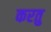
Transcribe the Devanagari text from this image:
करतु